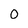
Character: 0